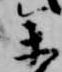
参